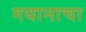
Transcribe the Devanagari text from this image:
गयानाचा